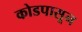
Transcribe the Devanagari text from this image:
कोडपासून